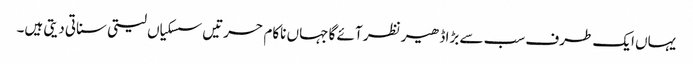
یہاں ایک طرف سب سے بڑا ڈھیر نظر آئے گا جہاں ناکام حسرتیں سسکیاں لیتی سناتی دیتی ہیں۔